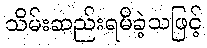
သိမ်းဆည်းရမိခဲ့သဖြင့်